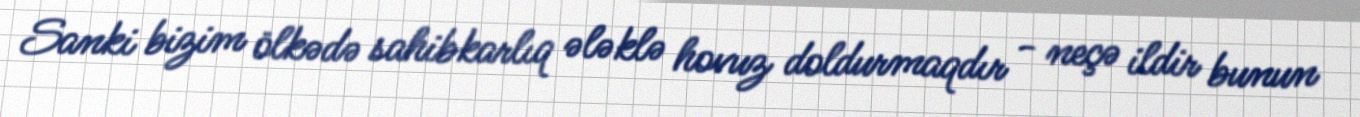
Sanki bizim ölkədə sahibkarlıq ələklə hovuz doldurmaqdır - neçə ildir bunun